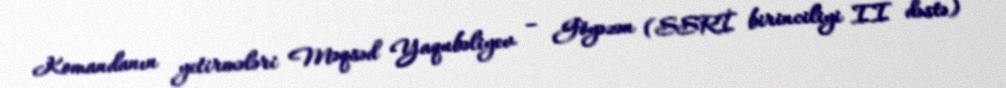
Komandanın yetirmələri Məqsəd Yaqubəliyev – Göyəzən (SSRİ birinciliyi II dəstə)